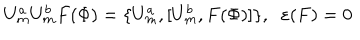
U _ { m } ^ { a } U _ { m } ^ { b } F ( \Phi ) = \{ U _ { m } ^ { a } , { [ } U _ { m } ^ { b } , F ( \Phi ) { ] } \} , \; \; \varepsilon ( F ) = 0